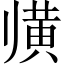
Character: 𲎕